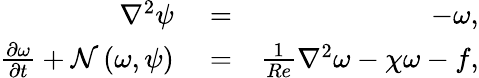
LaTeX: \begin{array}{rlr}{\nabla^{2}\psi}&{{}=}&{-\omega,}\\ {\frac{\partial\omega}{\partial t}+\mathcal{N}\left(\omega,\psi\right)}&{{}=}&{\frac{1}{Re}\nabla^{2}\omega-\chi\omega-f,}\end{array}